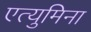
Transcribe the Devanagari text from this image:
एत्‍युमिना